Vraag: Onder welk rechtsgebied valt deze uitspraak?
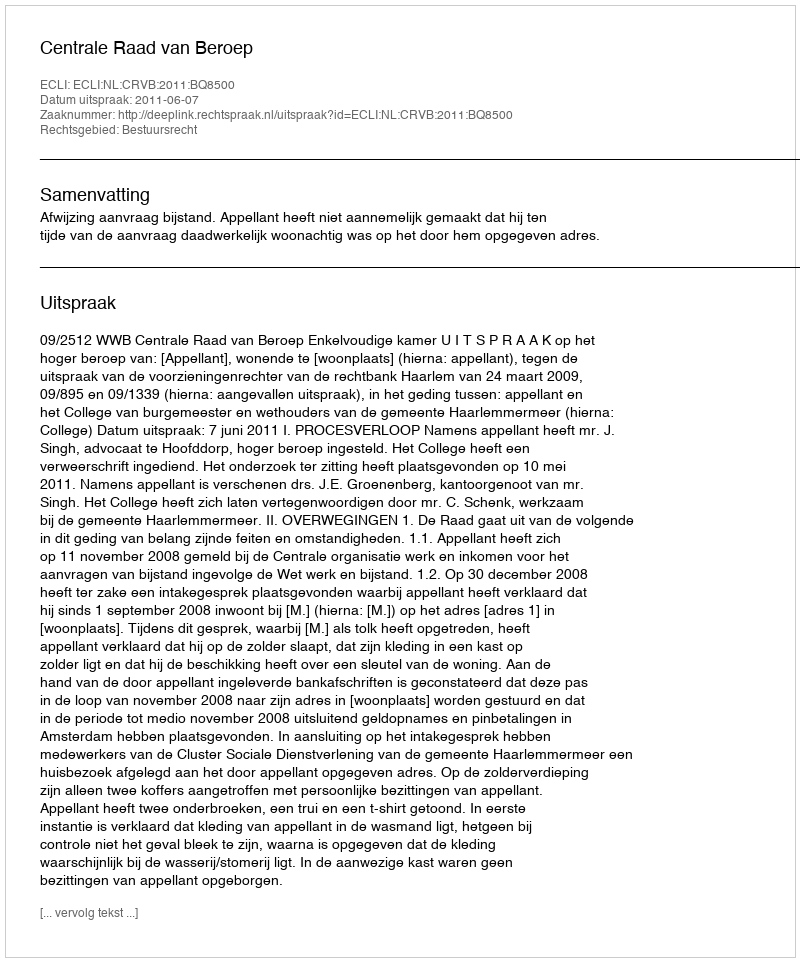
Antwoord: Bestuursrecht